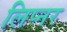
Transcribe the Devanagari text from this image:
लिप्नर